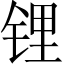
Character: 锂